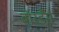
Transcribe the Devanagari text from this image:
बॉरडैस